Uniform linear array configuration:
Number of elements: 48
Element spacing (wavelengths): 0.5
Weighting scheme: uniform
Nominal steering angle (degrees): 15
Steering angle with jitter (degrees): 15.953
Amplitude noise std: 0.05
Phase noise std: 0.05

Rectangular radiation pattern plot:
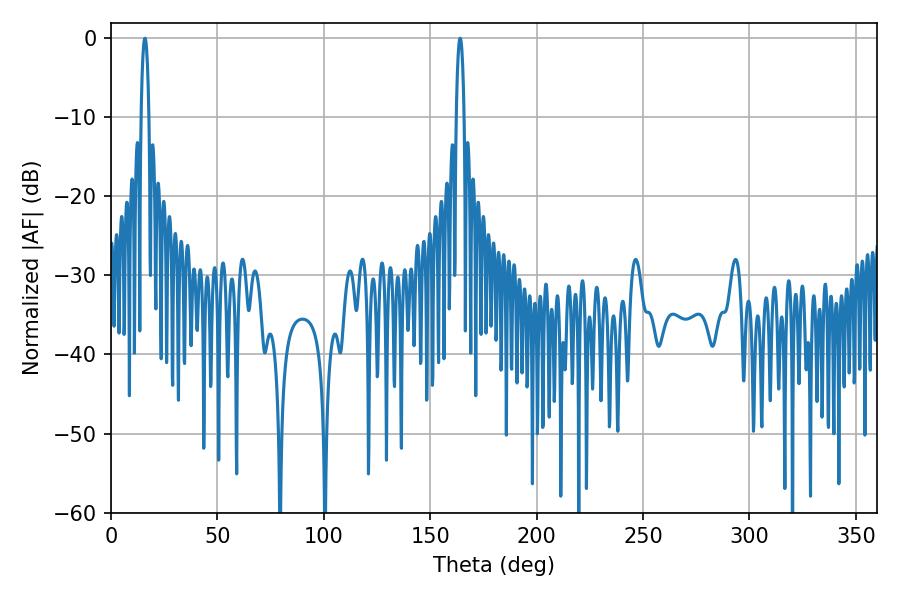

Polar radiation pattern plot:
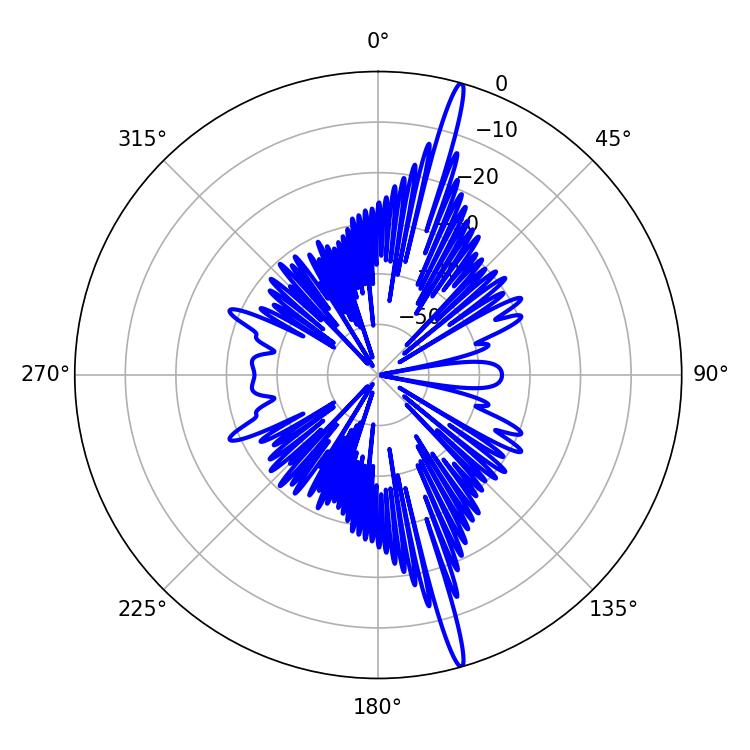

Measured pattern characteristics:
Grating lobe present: FALSE
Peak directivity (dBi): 19.26
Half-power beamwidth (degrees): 1.98
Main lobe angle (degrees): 16.02